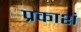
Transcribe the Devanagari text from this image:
प्रकाशं